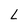
Character: L